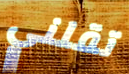
تقلني